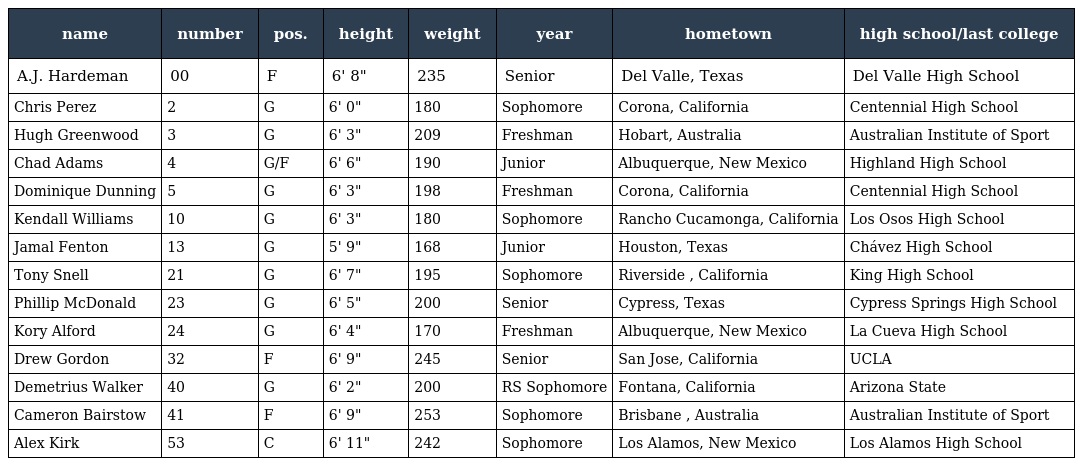
| name | number | pos. | height | weight | year | hometown | high school/last college |
 | --- | --- | --- | --- | --- | --- | --- | --- |
 | A.J. Hardeman | 00 | F | 6' 8" | 235 | Senior | Del Valle, Texas | Del Valle High School |
 | Chris Perez | 2 | G | 6' 0" | 180 | Sophomore | Corona, California | Centennial High School |
 | Hugh Greenwood | 3 | G | 6' 3" | 209 | Freshman | Hobart, Australia | Australian Institute of Sport |
 | Chad Adams | 4 | G/F | 6' 6" | 190 | Junior | Albuquerque, New Mexico | Highland High School |
 | Dominique Dunning | 5 | G | 6' 3" | 198 | Freshman | Corona, California | Centennial High School |
 | Kendall Williams | 10 | G | 6' 3" | 180 | Sophomore | Rancho Cucamonga, California | Los Osos High School |
 | Jamal Fenton | 13 | G | 5' 9" | 168 | Junior | Houston, Texas | Chávez High School |
 | Tony Snell | 21 | G | 6' 7" | 195 | Sophomore | Riverside , California | King High School |
 | Phillip McDonald | 23 | G | 6' 5" | 200 | Senior | Cypress, Texas | Cypress Springs High School |
 | Kory Alford | 24 | G | 6' 4" | 170 | Freshman | Albuquerque, New Mexico | La Cueva High School |
 | Drew Gordon | 32 | F | 6' 9" | 245 | Senior | San Jose, California | UCLA |
 | Demetrius Walker | 40 | G | 6' 2" | 200 | RS Sophomore | Fontana, California | Arizona State |
 | Cameron Bairstow | 41 | F | 6' 9" | 253 | Sophomore | Brisbane , Australia | Australian Institute of Sport |
 | Alex Kirk | 53 | C | 6' 11" | 242 | Sophomore | Los Alamos, New Mexico | Los Alamos High School |